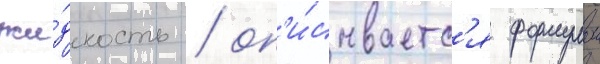
жи́дкость / оп'и́сываетс'я формулои